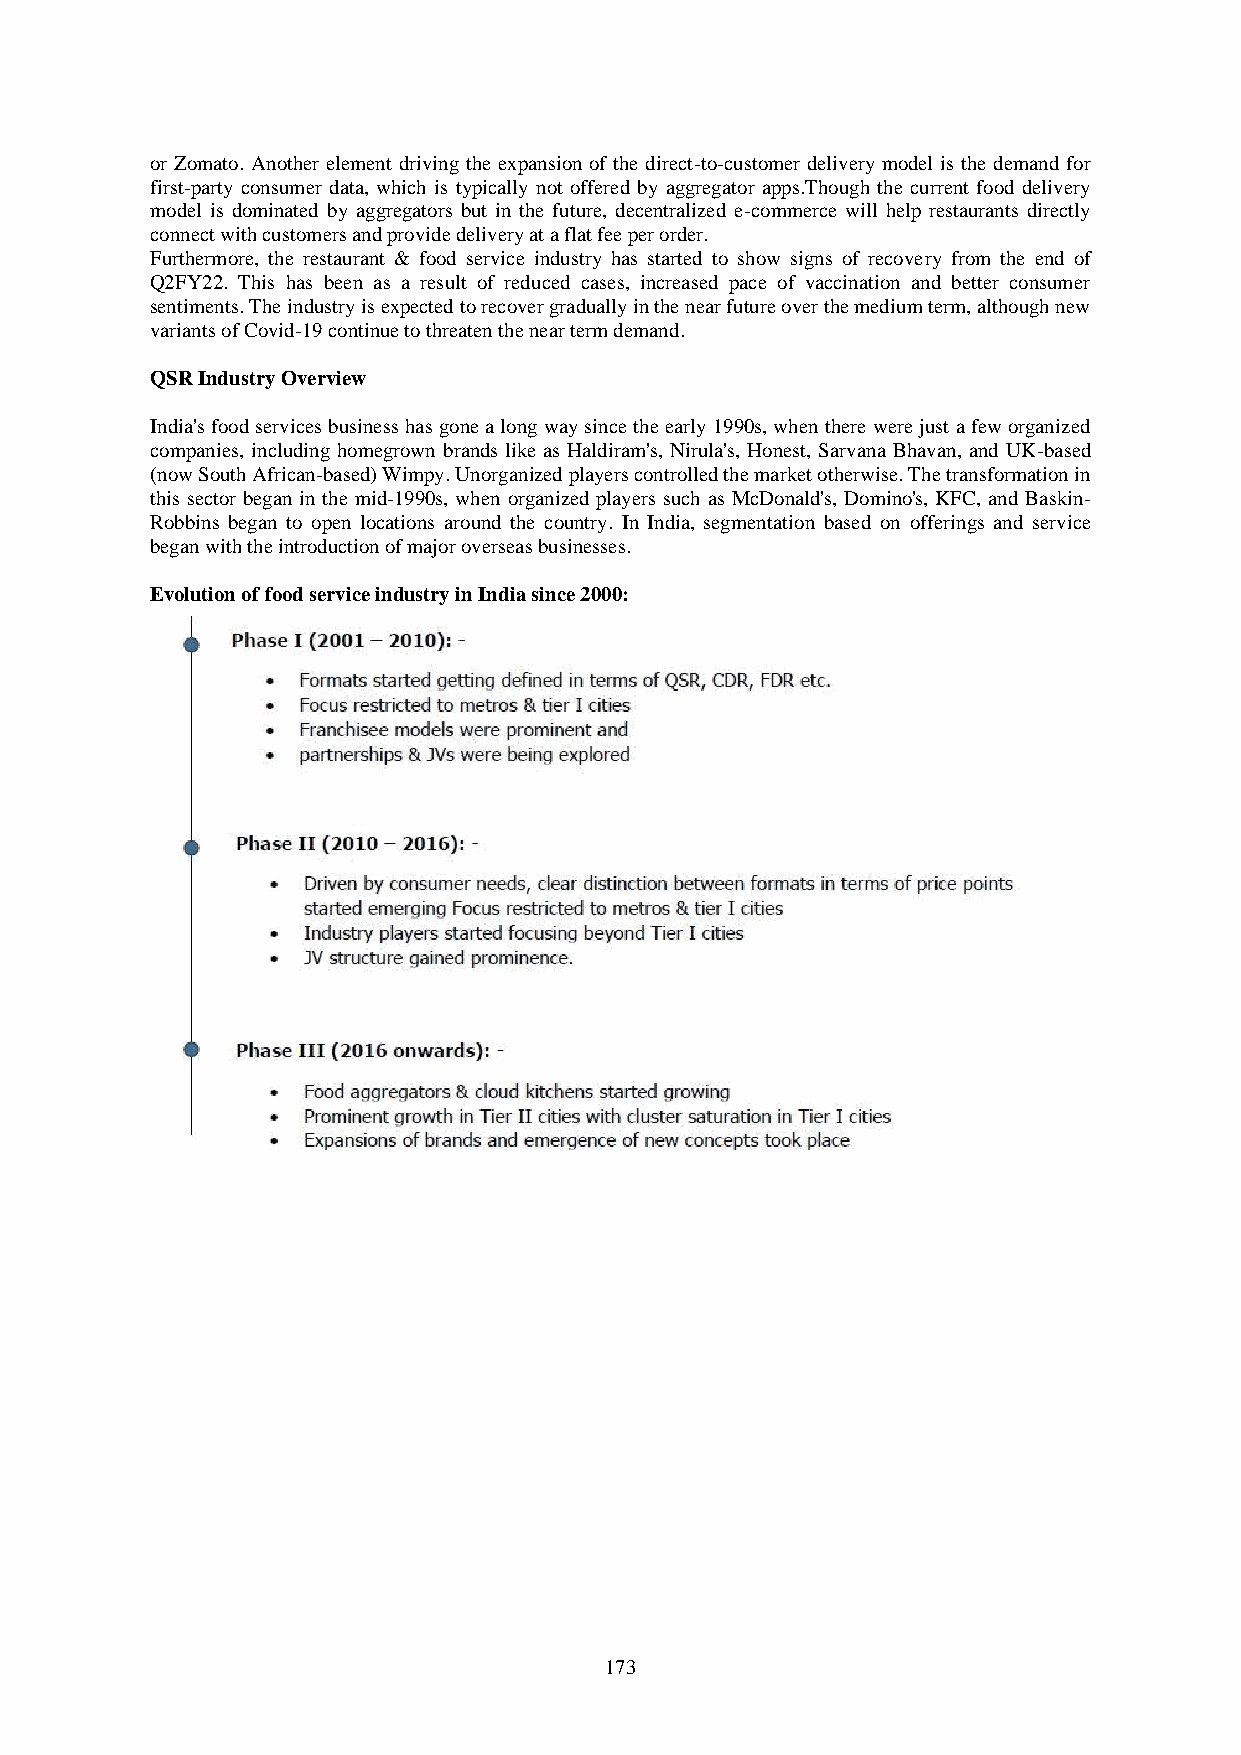
or Zomato. Another element driving the expansion of the direct-to-customer delivery model is the demand for
 first-party consumer data, which is typically not offered by aggregator apps.Though the current food delivery
 model is dominated by aggregators but in the future, decentralized e-commerce will help restaurants directly
 connect with customers and provide delivery at a flat fee per order.
 Furthermore, the restaurant & food service industry has started to show signs of recovery from the end of
 Q2FY22. This has been as a result of reduced cases, increased pace of vaccination and better consumer
 sentiments. The industry is expected to recover gradually in the near future over the medium term, although new
 variants of Covid-19 continue to threaten the near term demand.
 QSR Industry Overview
 India's food services business has gone a long way since the early 1990s, when there were just a few organized
 companies, including homegrown brands like as Haldiram's, Nirula's, Honest, Sarvana Bhavan, and UK-based
 (now South African-based) Wimpy. Unorganized players controlled the market otherwise. The transformation in
 this sector began in the mid-1990s, when organized players such as McDonald's, Domino's, KFC, and Baskin-
 Robbins began to open locations around the country. In India, segmentation based on offerings and service
 began with the introduction of major overseas businesses.
 Evolution of food service industry in India since 2000:
 173